Annual report of the Punjab Veterinary College and of the Civil Veterinary Department, Punjab - 1926-1932
Year: 1926
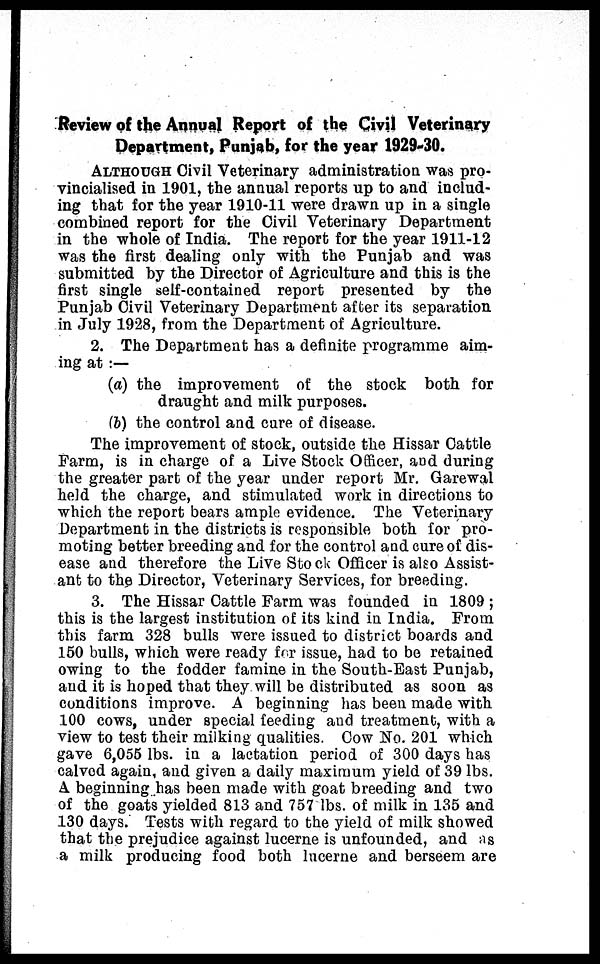
Review of the Annual Report of the Civil Veterinary
Department, Punjab, for the year 1929-30.
ALTHOUGH Civil Veterinary administration was pro-
vincialised in 1901, the annual reports up to and includ-
ing that for the year 1910-11 were drawn up in a single
combined report for the Civil Veterinary Department
in the whole of India. The report for the year 1911-12
was the first dealing only with the Punjab and was
submitted by the Director of Agriculture and this is the
first single self-contained report presented by the
Punjab Civil Veterinary Department after its separation
in July 1928, from the Department of Agriculture.
2. The Department has a definite programme aim-
ing at:—
(a) the improvement of the stock both for
draught and milk purposes.
(b) the control and cure of disease.
The improvement of stock, outside the Hissar Cattle
Farm, is in charge of a Live Stock Officer, and during
the greater part of the year under report Mr. Garewal
held the charge, and stimulated work in directions to
which the report bears ample evidence. The Veterinary
Department in the districts is responsible both for pro-
moting better breeding and for the control and cure of dis-
ease and therefore the Live Stock Officer is also Assist-
ant to the Director, Veterinary Services, for breeding.
3. The Hissar Cattle Farm was founded in 1809;
this is the largest institution of its kind in India. From
this farm 328 bulls were issued to district boards and
150 bulls, which were ready for issue, had to be retained
owing to the fodder famine in the South-East Punjab,
and it is hoped that they will be distributed as soon as
conditions improve. A beginning has been made with
100 cows, under special feeding and treatment, with a
view to test their milking qualities. Cow No. 201 which
gave 6,055 lbs. in a lactation period of 300 days has
calved again, and given a daily maximum yield of 39 lbs.
A beginning has been made with goat breeding and two
of the goats yielded 813 and 757 lbs. of milk in 135 and
130 days. Tests with regard to the yield of milk showed
that the prejudice against lucerne is unfounded, and as
a milk producing food both lucerne and berseem are